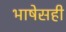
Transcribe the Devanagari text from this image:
भाषेसही